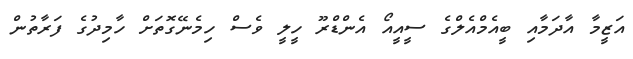
އަޒީމާ އާދަމާއި ބީއެމްއެލްގެ ސީއީއޯ އެންޑްރޫ ހީލީ ވެސް ހިމެނޭގޮތަށް ހާމިދުގެ ފަރާތުން